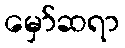
မှော်ဆရာ